Report of the Indian Hemp Drugs Commission, 1894-1895 - Volume VI
Year: 1894
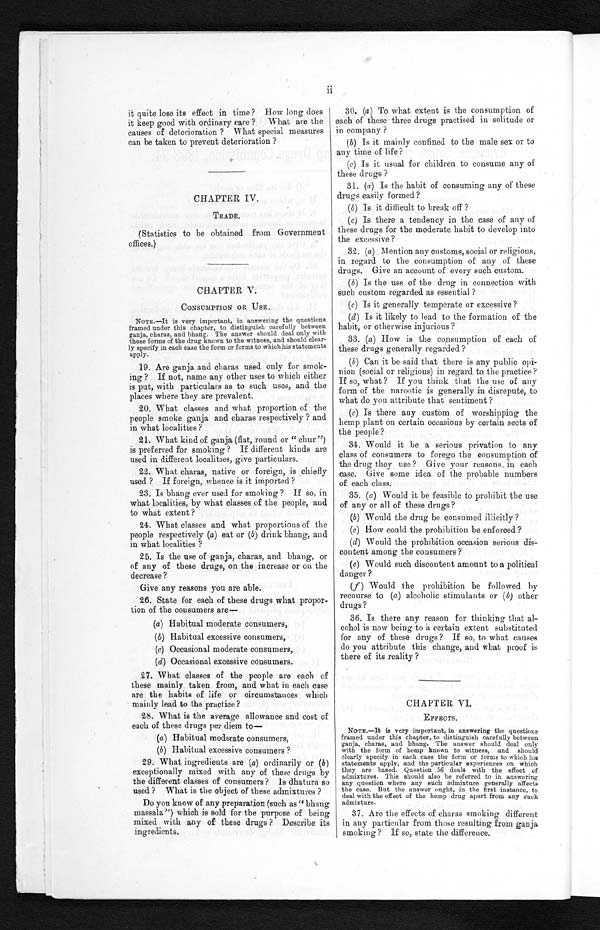
it quite lose its effect in time? How long does
it keep good with ordinary care ? What are the
causes of deterioration ? What special measures
can be taken to prevent deterioration ?
CHAPTER IV.
TRADE.
(Statistics to be obtained from Government
offices.)
CHAPTER V.
CONSUMPTION OR USE.
NOTE.—It is very important, in answering the questions
framed under this chapter, to distinguish carefully between
ganja, charas, and bhang. The answer should deal only with
those forms of the drug known to the witness, and should clear
-ly specify in each case the form or forms to which his statements
apply.
19. Are ganja and charas used only for smok
-ing ? If not, name any other uses to which either
is put, with particulars as to such uses, and the
places where they are prevalent.
20. What classes and what proportion of the
people smoke ganja and charas respectively ? and
in what localities ?
21. What kind of ganja (flat, round or "chur")
is preferred for smoking ? If different kinds are
used in different localities, give particulars.
22. What charas, native or foreign, is chiefly
used ? If foreign, whence is it imported ?
23. Is bhang ever used for smoking ? If so, in
what localities, by what classes of the people, and
to what extent?
24. What classes and what proportions of the
people respectively (a) eat or (b) drink bhang, and
in what localities ?
25. Is the use of ganja, charas, and bhang, or
of any of these drugs, on the increase or on the
decrease?
Give any reasons you are able.
26. State for each of these drugs what propor
-tion of the consumers are
—
(a) Habitual moderate consumers,
(b)
Habitual excessive consumers,
(c)
Occasional moderate consumers,
(d)
Occasional excessive consumers.
27. What classes of the people are each of
t he s e mai nl y t ake n f r om, and what i n e ac h c as e '
are the habits of life or circumstances which
mainly lead to the practice ?
28. What is the average allowance and cost of
each of these drugs per diem to—
(a) Habitual moderate consumers,
(b) Habitual excessive consumers ?
29. What ingredients are (a) ordinarily or (b)
exceptionally mixed with any of these drugs by
the different classes of consumers? Is dhatura so
used ? What is the object of these admixtures ?
Do you know of any preparation (such as "bhang
massala") which is sold for the purpose of being
mixed with any of these drugs ? Describe
ingredients.
30. (a) To what extent is the consumption of
each of these three drugs practised in solitude or
in company ?
(b)Is it mainly confined to the male sex or to
any time of life ?
(c) Is it usual for children to consume any of
these drugs ?
31. (a) Is the habit of consuming any of these
drugs easily formed?
(b) Is it difficult to break off ?
(c) Is there a tendency in the case of any of
these drugs for the moderate habit to develop into
the excessive?
32. (a) M ention any customs, social or religious,
in regard to the consumption of any of these
drugs. Give an account of every such custom.
(b) Is the use of the drug in connection with
such custom regarded as essential ?
(c) Is it generally temperate or excessive ?
(d) Is it likely to lead to the formation of the
habit, or otherwise injurious ?
33. (a) How is the consumption of each of
these drugs generally regarded ?
(b) Can it be said that there is any public opi
- n i o n ( s o c i a l o r r e l i g i o u s ) i n r e g a r d t o t h e p r a c t i c e ?
I f s o , w h a t ? I f y o u t h i n k t h a t t h e u s e o f a n y
form of the narootic is generally in disrepute, to
what do you attribute that sentiment ?
(c)Is there any custom of worshipping the
hemp plant on certain occasions by certain sects of
the people ?
34. Would it be a serious privation to any
class of consumers to forego the consumption of
the drug they use? Give your reasons, in each
case. Give some idea of the probable numbers
of each class.
35. ( a ) Would it be feasible to prohibit the use
of any or all of these drugs ?
(b) Would the drug be consumed illicitly ?
(c) How could the prohibition be enforced ?
(d) Would the prohibition occasion serious dis
-content among the consumers ?
(e)
Would such discontent amount to a political
danger ?
(f)
Would the prohibition be followed by
recourse to (a ) alcoholic stimulants or (b) other
drugs ?
36. Is there any reason for thinking that al
- c o h o l i s n o w b e i n g t o a c e r t a i n e x t e n t s u b s t i t u t e d
for any of these drugs ? If so, to what causes
do you attribute this change, and what proof is
there of its reality ?
CHAPTER VI.
EFFECTS.
NOTE.—It is very important, in answering the questions
framed under this chapter, to distinguish carefully between
ganja, charas, and bhang. The answer should deal only
with the form of hemp known to witness, and should
clearly specify in each case the form or forms to which his
statements apply, and the particular experiences on which
they are based. Question 56 deals with the effect of
admixtures. This should also be referred to in answering
any question where any such admixture generally affects
the case. But the answer ought, in the first instance, to
deal with the effect of the hemp drug apart from any such
admixture.
37. Are the effects of charas smoking different
in any particular from those resulting from ganja
smoking ? If so, state the difference.